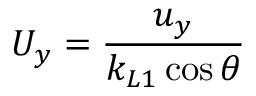
U _ { y } = \frac { u _ { y } } { k _ { L 1 } \cos \theta }